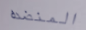
المنضده